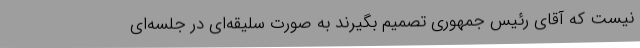
نیست که آقای رئیس جمهوری تصمیم بگیرند به صورت سلیقه‌ای در جلسه‌ای